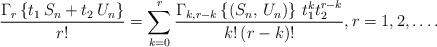
\begin{align*}\frac{\Gamma _{r}\left\{ t_{1}\,S_{n}+t_{2}\,U_{n}\right\} }{r!}=\sum_{k=0}^{r}\frac{\Gamma _{k,r-k}\left\{ \left( S_{n},\,U_{n}\right)\right\} \,t_{1}^{k}t_{2}^{r-k}}{k!\,(r-k)!},r=1,2,\ldots .\end{align*}